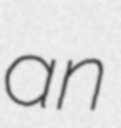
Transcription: an